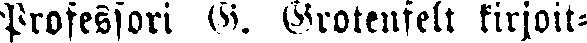
Professori O. Grotenfelt kirjoit-